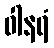
ဝါနရံ